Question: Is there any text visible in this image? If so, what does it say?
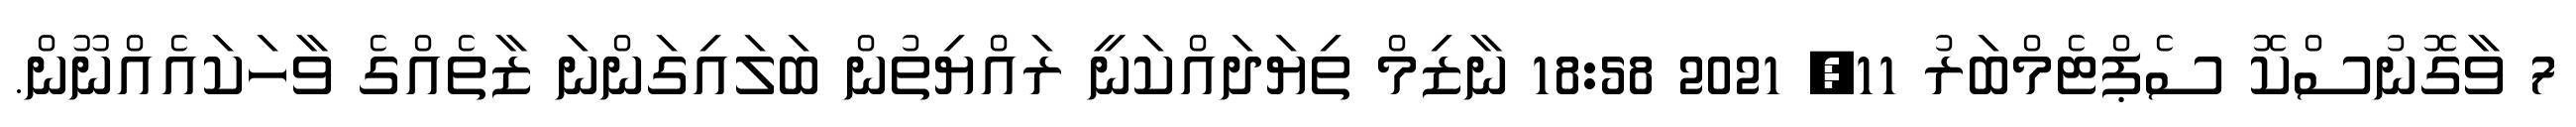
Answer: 7 ވާގޮނުސްކޮ ސެޕްޓެމްބަރު 11, 2021 18:58 ނާޒިމް ތިޔަދައްކަނީ ރައްޔިތުން ބަލައިގަންނަ ޒާތެއްގެ ވާހަކައެއްނޫން.